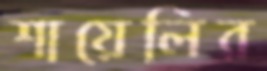
শায়েলির